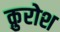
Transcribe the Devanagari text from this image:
क़ुरोश